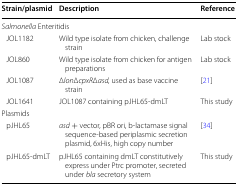
| Strain/plasmid | Description | Reference |
 | --- | --- | --- |
 | <COLSPAN=3> Salmonella Enteritidis |
 | JOL1182 | Wild type isolate from chicken, challenge strain | Lab stock |
 | JOL860 | Wild type isolate from chicken for antigen preparations | Lab stock |
 | JOL1087 | ΔlonΔcpxRΔasd, used as base vaccine strain | [21] |
 | JOL1641 | JOL1087 containing pJHL65-dmLT | This study |
 | <COLSPAN=3> Plasmids |
 | pJHL65 | asd + vector, pBR ori, b-lactamase signal sequence-based periplasmic secretion plasmid, 6xHis, high copy number | [34] |
 | pJHL65-dmLT | pJHL65 containing dmLT constitutively express under Ptrc promoter, secreted under bla secretory system | This study |